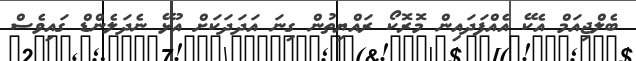
ބެލްޖިއަމް އެކޭ އެއްފަދައިން މޮރޮކޯ ރައްޔިތުން ގިނަ އަދަދަކަށް އުޅޭ ނެދަލެންޑް ގައިވެސް